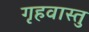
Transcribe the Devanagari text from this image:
गृहवास्तु